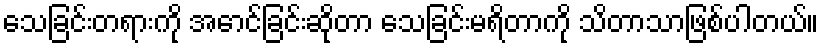
သေခြင်းတရားကို အောင်ခြင်းဆိုတာ သေခြင်းမရိတာကို သိတာသာဖြစ်ပါတယ်။